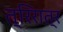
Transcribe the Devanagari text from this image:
त्रिरात्र